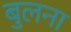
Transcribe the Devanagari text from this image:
बुलना